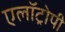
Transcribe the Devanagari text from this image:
एलॉट्रोपी